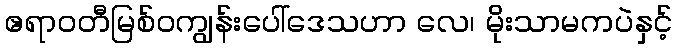
ဧရာဝတီမြစ်ဝကျွန်းပေါ်ဒေသဟာ လေ၊ မိုးသာမကပဲနှင့်